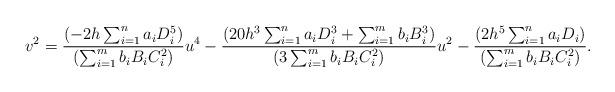
LaTeX: \begin{align*}v^2=\frac{(-2h\sum_{i=1}^n a_iD_i^5)}{(\sum_{i=1}^m b_iB_iC_i^2)} u^4-\frac{(20h^3\sum_{i=1}^n a_iD_i^3+ \sum_{i=1}^m b_iB_i^3)}{(3\sum_{i=1}^m b_iB_iC_i^2)}u^2-\frac{(2h^5\sum_{i=1}^n a_iD_i)}{(\sum_{i=1}^m b_iB_iC_i^2)}.\end{align*}